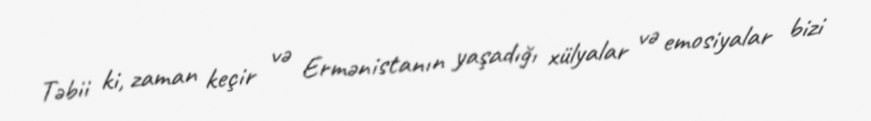
Təbii ki, zaman keçir və Ermənistanın yaşadığı xülyalar və emosiyalar bizi